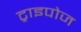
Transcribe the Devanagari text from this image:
ट्राइपोज